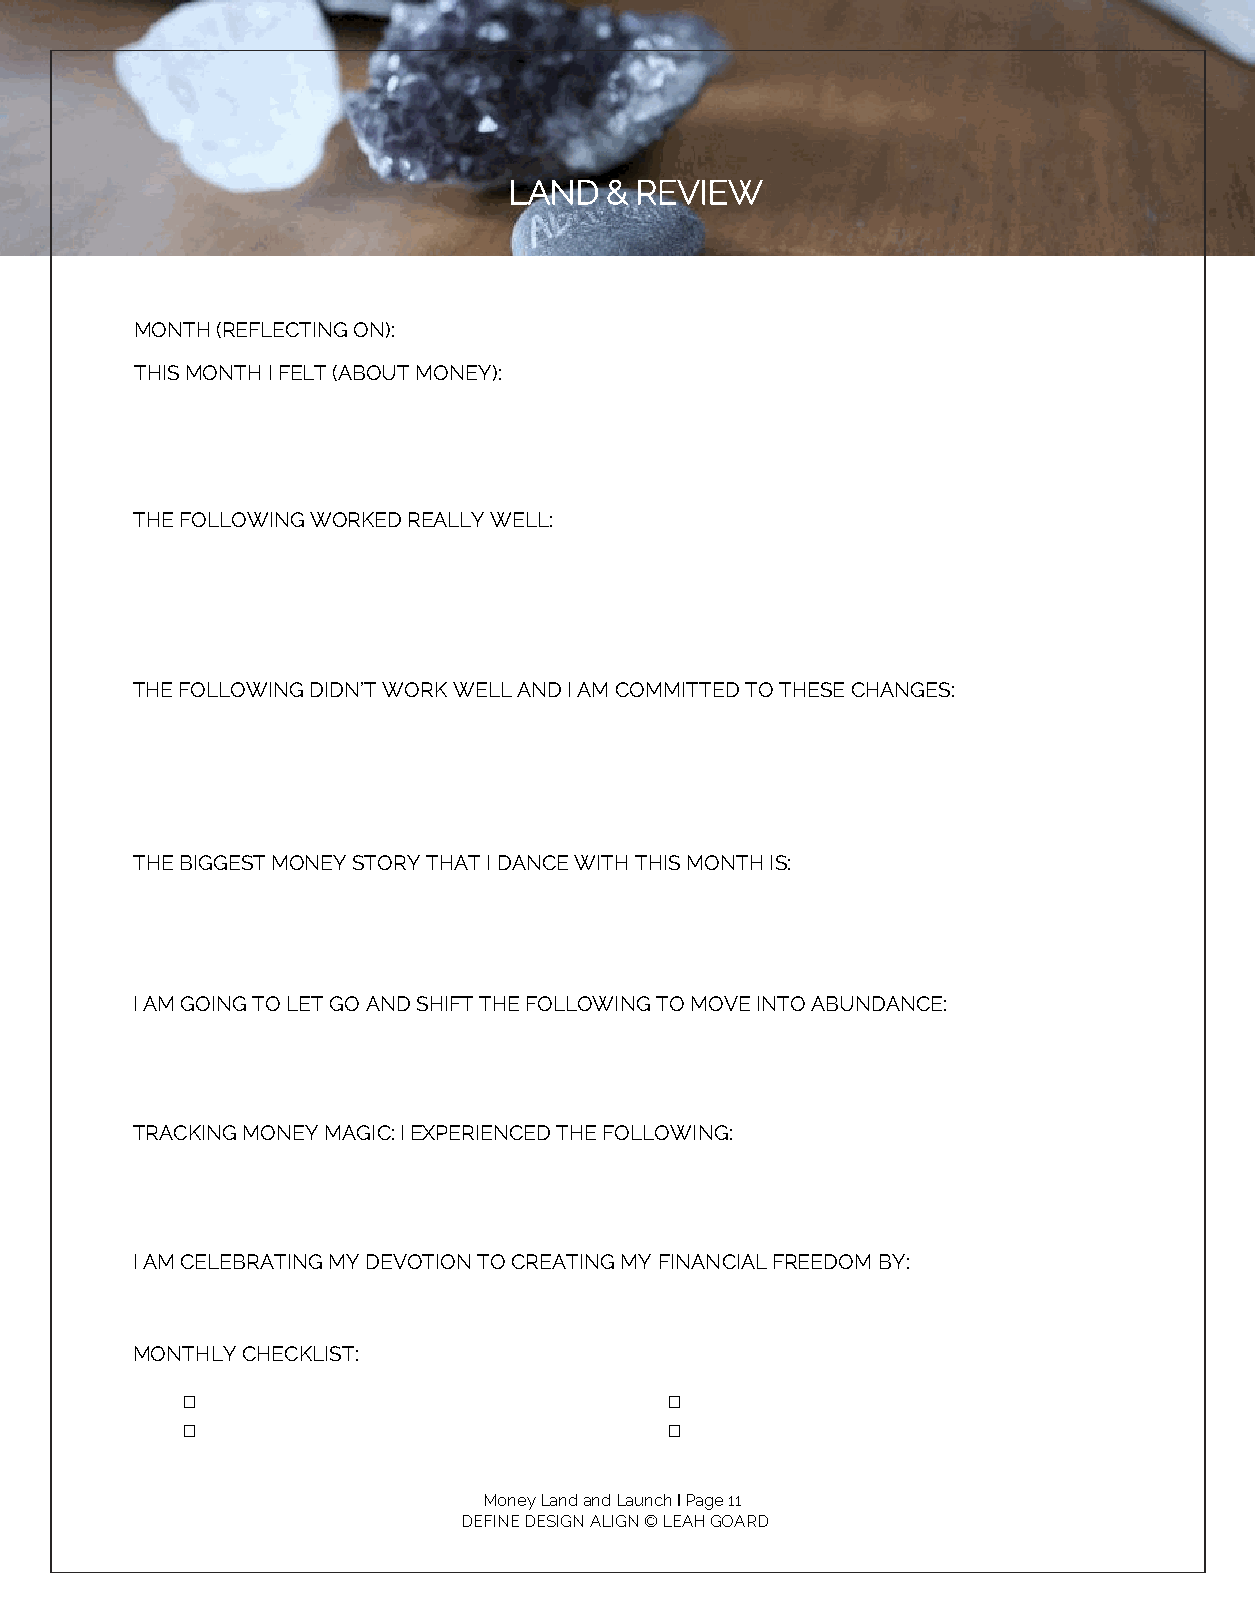
LAND  & REVIEW
 MONTH (REFLECTING ON):
 THIS MONTH I FELT (ABOUT MONEY):
 THE FOLLOWING WORKED REALLY WELL:
 THE FOLLOWING DIDN’T WORK WELL AND I AM COMMITTED TO THESE CHANGES:
 THE BIGGEST MONEY STORY THAT I DANCE WITH THIS MONTH IS:
 I AM GOING TO LET GO AND SHIFT THE FOLLOWING TO MOVE INTO ABUNDANCE:
 TRACKING MONEY MAGIC: I EXPERIENCED THE FOLLOWING:
 I AM CELEBRATING MY DEVOTION TO CREATING MY FINANCIAL FREEDOM BY:
 MONTHLY CHECKLIST:
 □                               □
 □                               □
 Money Land and Launch I Page 11
 DEFINE DESIGN ALIGN © LEAH GOARD